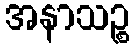
အနာသဉ္စ